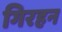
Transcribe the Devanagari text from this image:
गिरहन